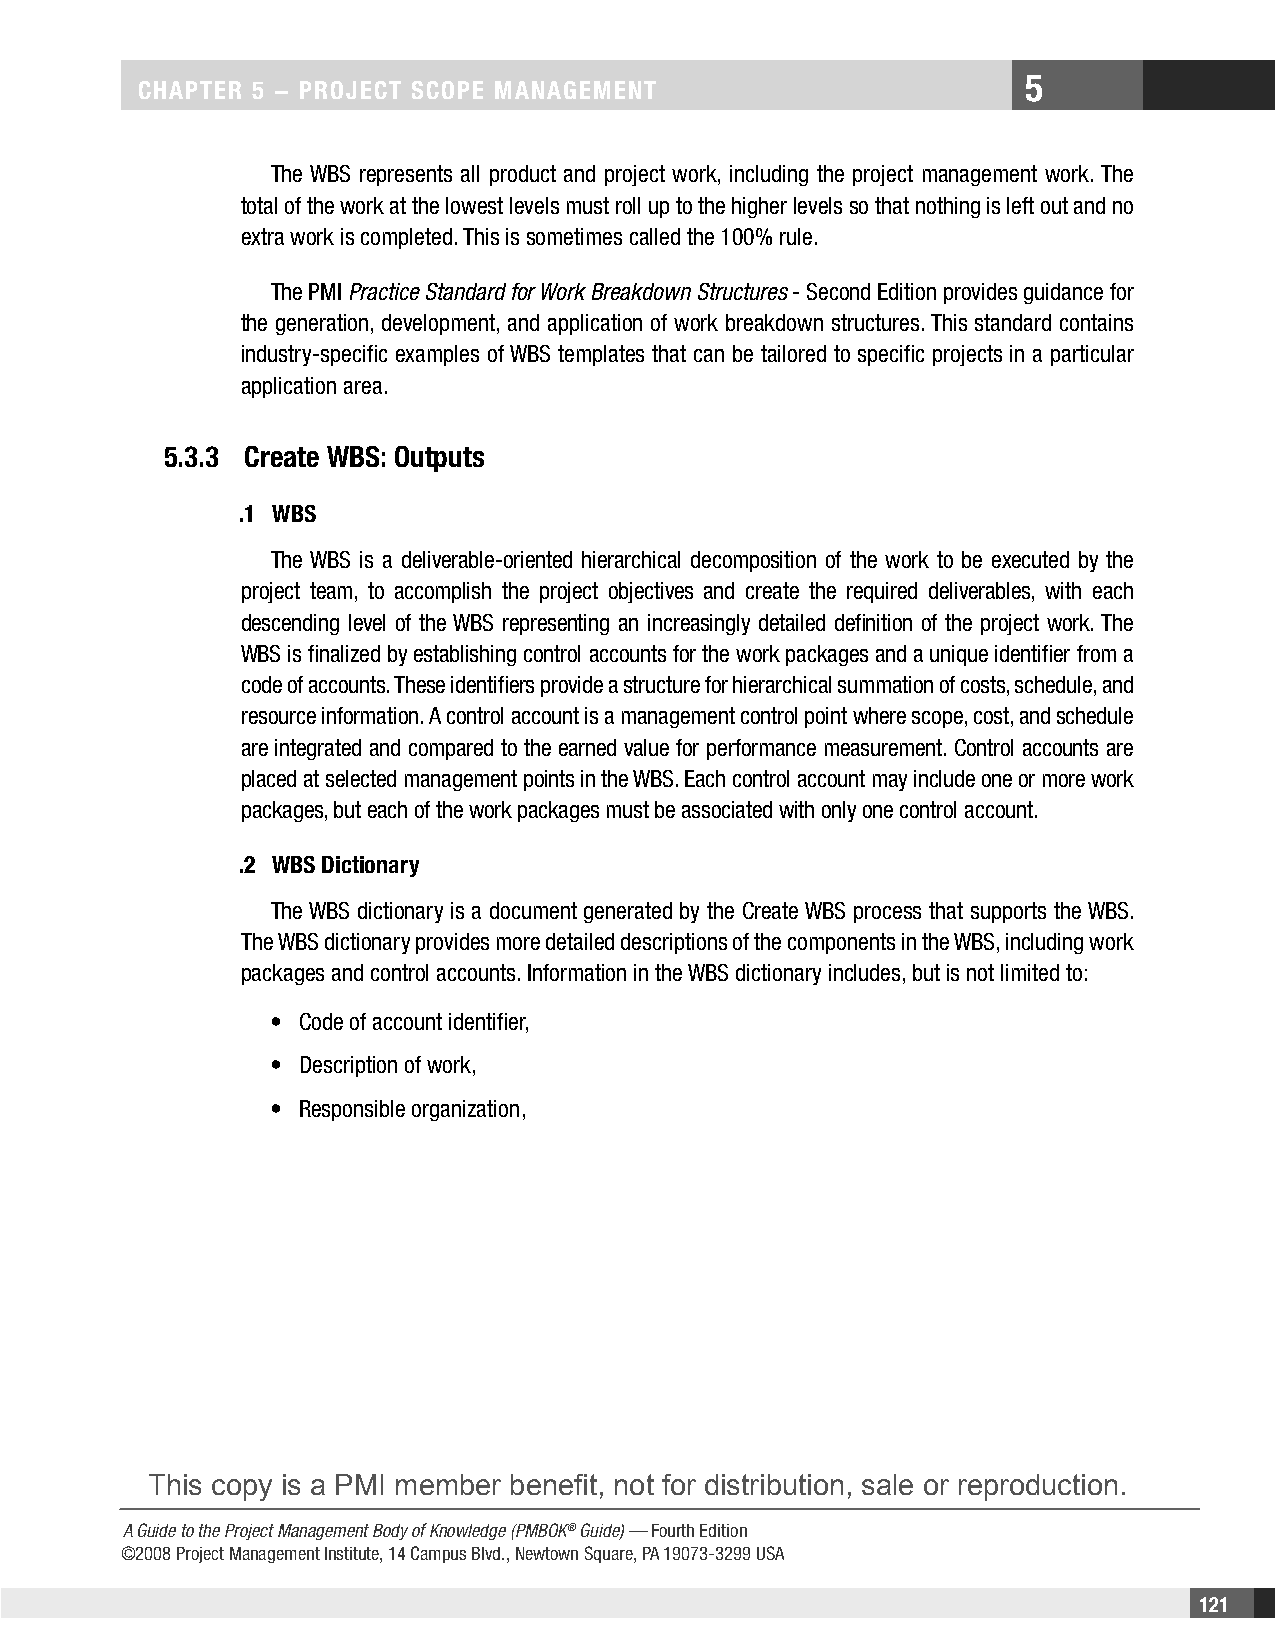
5
 CHAPTER 5 − PROjECT SCOPE MAnAgEMEnT
 The WBS represents all product and project work, including the project management work. The
 total of the work at the lowest levels must roll up to the higher levels so that nothing is left out and no
 extra work is completed. This is sometimes called the 100% rule.
 The PMI Practice Standard for Work Breakdown Structures - Second Edition provides guidance for
 the generation, development, and application of work breakdown structures. This standard contains
 industry-specific examples of WBS templates that can be tailored to specific projects in a particular
 application area.
 5.3.3 Create WBS: Outputs
 .1 WBS
 The WBS is a deliverable-oriented hierarchical decomposition of the work to be executed by the
 project team, to accomplish the project objectives and create the required deliverables, with each
 descending level of the WBS representing an increasingly detailed definition of the project work. The
 WBS is finalized by establishing control accounts for the work packages and a unique identifier from a
 code of accounts. These identifiers provide a structure for hierarchical summation of costs, schedule, and
 resource information. A control account is a management control point where scope, cost, and schedule
 are integrated and compared to the earned value for performance measurement. Control accounts are
 placed at selected management points in the WBS. Each control account may include one or more work
 packages, but each of the work packages must be associated with only one control account.
 .2 WBS Dictionary
 The WBS dictionary is a document generated by the Create WBS process that supports the WBS.
 The WBS dictionary provides more detailed descriptions of the components in the WBS, including work
 packages and control accounts. Information in the WBS dictionary includes, but is not limited to:
 • Code of account identifier,
 • Description of work,
 • Responsible organization,
 This copy is a PMI member benefit, not for distribution, sale or reproduction.
 A Guide to the Project Management Body of Knowledge (PMBOK® Guide) — Fourth Edition
 ©2008 Project Management Institute, 14 Campus Blvd., Newtown Square, PA 19073-3299 USA
 121